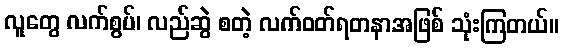
လူတွေ လက်စွပ်၊ လည်ဆွဲ စတဲ့ လက်ဝတ်ရတနာအဖြစ် သုံးကြတယ်။